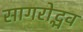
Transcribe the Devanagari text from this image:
सागरोद्भव